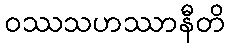
ဝဿသဟဿာနီတိ